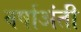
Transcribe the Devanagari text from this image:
वर्षाअंती